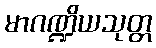
မာဂဏ္ဍိယသုတ္တ